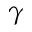
\gamma